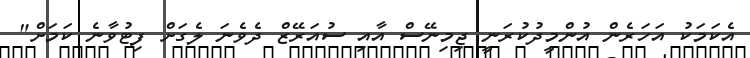
އެކަމަކު އަހަރެން އުންމީދުކުރަނީ ޖިމިނޭސް އާއި ސުއަރޭޒް ދެވެނަ ލެގަށް ފިޓުވާނެ ކަމަށް"